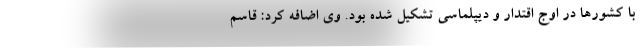
با کشورها در اوج اقتدار و دیپلماسی تشکیل شده بود. وی اضافه کرد: قاسم